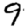
Digit: 9